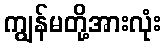
ကျွန်မတို့အားလုံး